Observations on rabies - Number 36
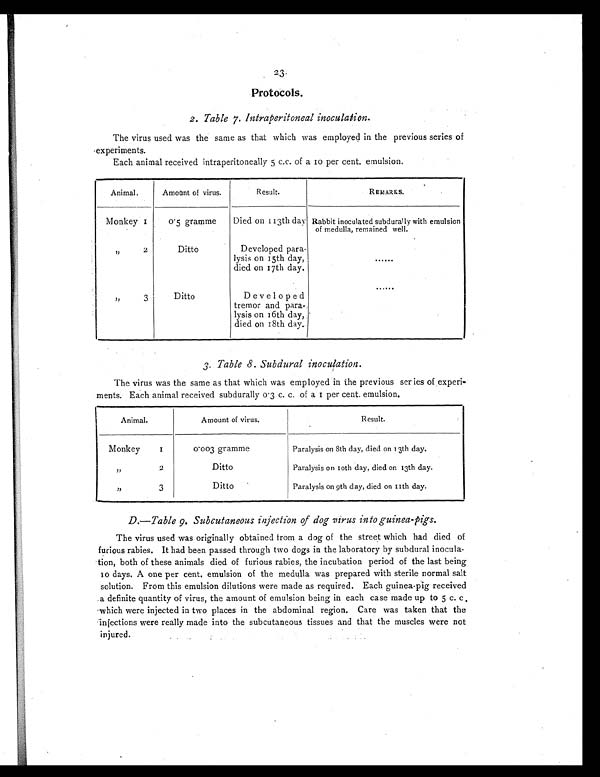
23
Protocols .
2. Table 7. Intraperitoneal inoculation .
The virus used was the same as that which was employed in the previous series of
experiments.
Each animal received intraperitoneally 5 c.c. of a 10 per cent. emulsion.
Animal.
Amount of virus.
Result.
REMARKS.
Monkey 1
0.5 gramme
Died on 113th day Rabbit inoculated subdurally with emulsion
of medulla, remained well.
,,
2
Ditto
Developed para-
lysis on 15th day
died on 17th day.
......
,,
3
Ditto
Developed
tremor and para-
lysis on 16th day,
died on 18th day.
. . . . . .
3.Table 8. Subdural inoculation.
The virus was the same as that which was employed in the previous series of experi-
ments. Each animal received subdurally 0.3 c. c. of a 1 per cent. emulsion.
Animal.
Amount of virus.
Result.
Monkey
1
0.003 gramme
Paralysis on 8th day, died on 13th day.
,,
2
Ditto
Paralysis on 10th day, died on 13th day.
,,
3
Ditto
Paralysis on 9th day, died on 11th day.
D.— Table 9. Subcutaneous injection of dog virus into guinea-pigs .
The virus used was originally obtained from a dog of the street which had died of
furious rabies. It had been passed through two dogs in the laboratory by subdural inocula-
tion, both of these animals died of furious rabies, the incubation period of the last being
10 days. A one per cent, emulsion of the medulla was prepared with sterile normal salt
solution. From this emulsion dilutions were made as required. Each guinea-pig received
a definite quantity of virus, the amount of emulsion being in each case made up to 5 c. c
which were injected in two places in the abdominal region. Care was taken that the
injections were really made into the subcutaneous tissues and that the muscles were not
injured.